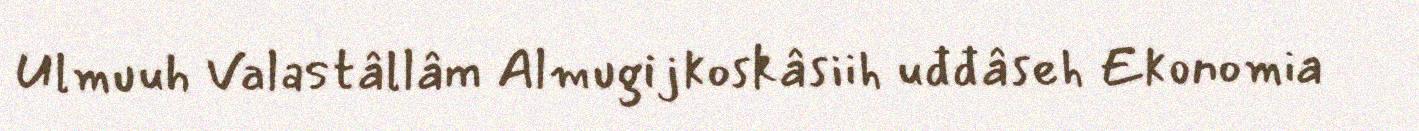
Ulmuuh Valastâllâm Almugijkoskâsiih uđđâseh Ekonomia